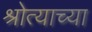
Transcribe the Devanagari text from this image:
श्रोत्याच्या